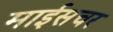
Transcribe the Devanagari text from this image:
माईसचर